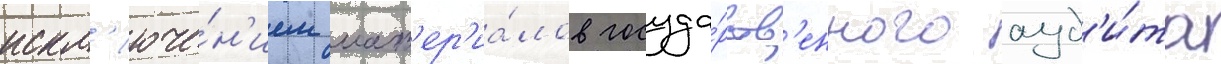
искл'юче́н'ием мат'ер'иа́лов госуда́рств'енного ауд'и́та